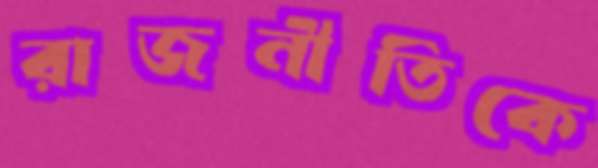
রাজনীতিকে